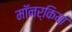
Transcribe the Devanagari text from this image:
मॉनर्किया